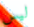
ليس